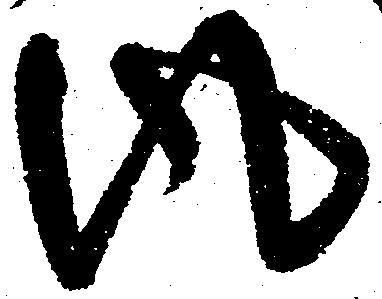
風